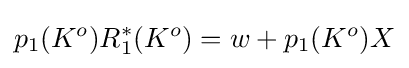
p_{1}(K^{o})R_{1}^{*}(K^{o})=w+p_{1}(K^{o})X